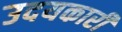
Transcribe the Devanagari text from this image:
उदयकारी